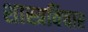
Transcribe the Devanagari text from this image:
शास्त्रविचार